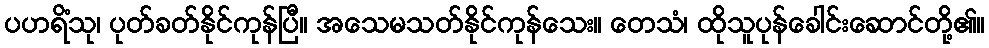
ပဟရိံသု၊ ပုတ်ခတ်နိုင်ကုန်ပြီ။ အသေမသတ်နိုင်ကုန်သေး။ တေသံ၊ ထိုသူပုန်ခေါင်းဆောင်တို့၏။